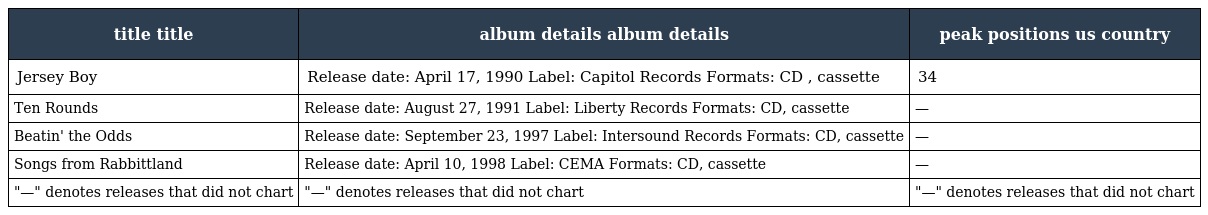
| title title | album details album details | peak positions us country |
 | --- | --- | --- |
 | Jersey Boy | Release date: April 17, 1990 Label: Capitol Records Formats: CD , cassette | 34 |
 | Ten Rounds | Release date: August 27, 1991 Label: Liberty Records Formats: CD, cassette | — |
 | Beatin' the Odds | Release date: September 23, 1997 Label: Intersound Records Formats: CD, cassette | — |
 | Songs from Rabbittland | Release date: April 10, 1998 Label: CEMA Formats: CD, cassette | — |
 | "—" denotes releases that did not chart | "—" denotes releases that did not chart | "—" denotes releases that did not chart |